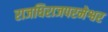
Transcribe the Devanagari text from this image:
राजधिराजपरमेश्वर